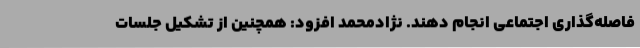
فاصله‌گذاری اجتماعی انجام دهند. نژادمحمد افزود: همچنین از تشکیل جلسات